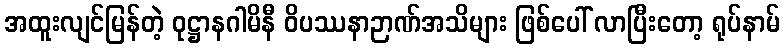
အထူးလျင်မြန်တဲ့ ဝုဋ္ဌာနဂါမိနီ ဝိပဿနာဉာဏ်အသိများ ဖြစ်ပေါ် လာပြီးတော့ ရုပ်နာမ်